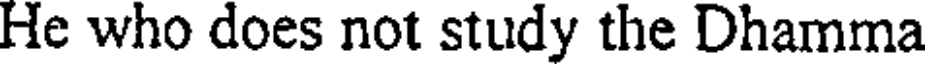
He who does not study the Dhamma